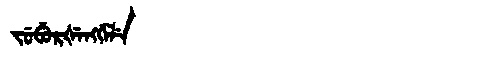
Manchu: ᠵᡠᠪᡠᡵᡧᡝᠩᡤᡝᠯᡝ
Romanization: JUBURŠENGGELE